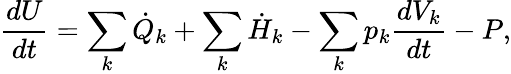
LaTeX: {\frac{dU}{dt}}=\sum_{k}{\dot{Q}}_{k}+\sum_{k}{\dot{H}}_{k}-\sum_{k}p_{k}{\frac{dV_{k}}{dt}}-P,